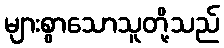
များစွာသောသူတို့သည်